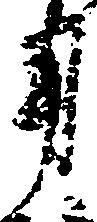
用